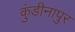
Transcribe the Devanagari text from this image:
कुंडीनापुर